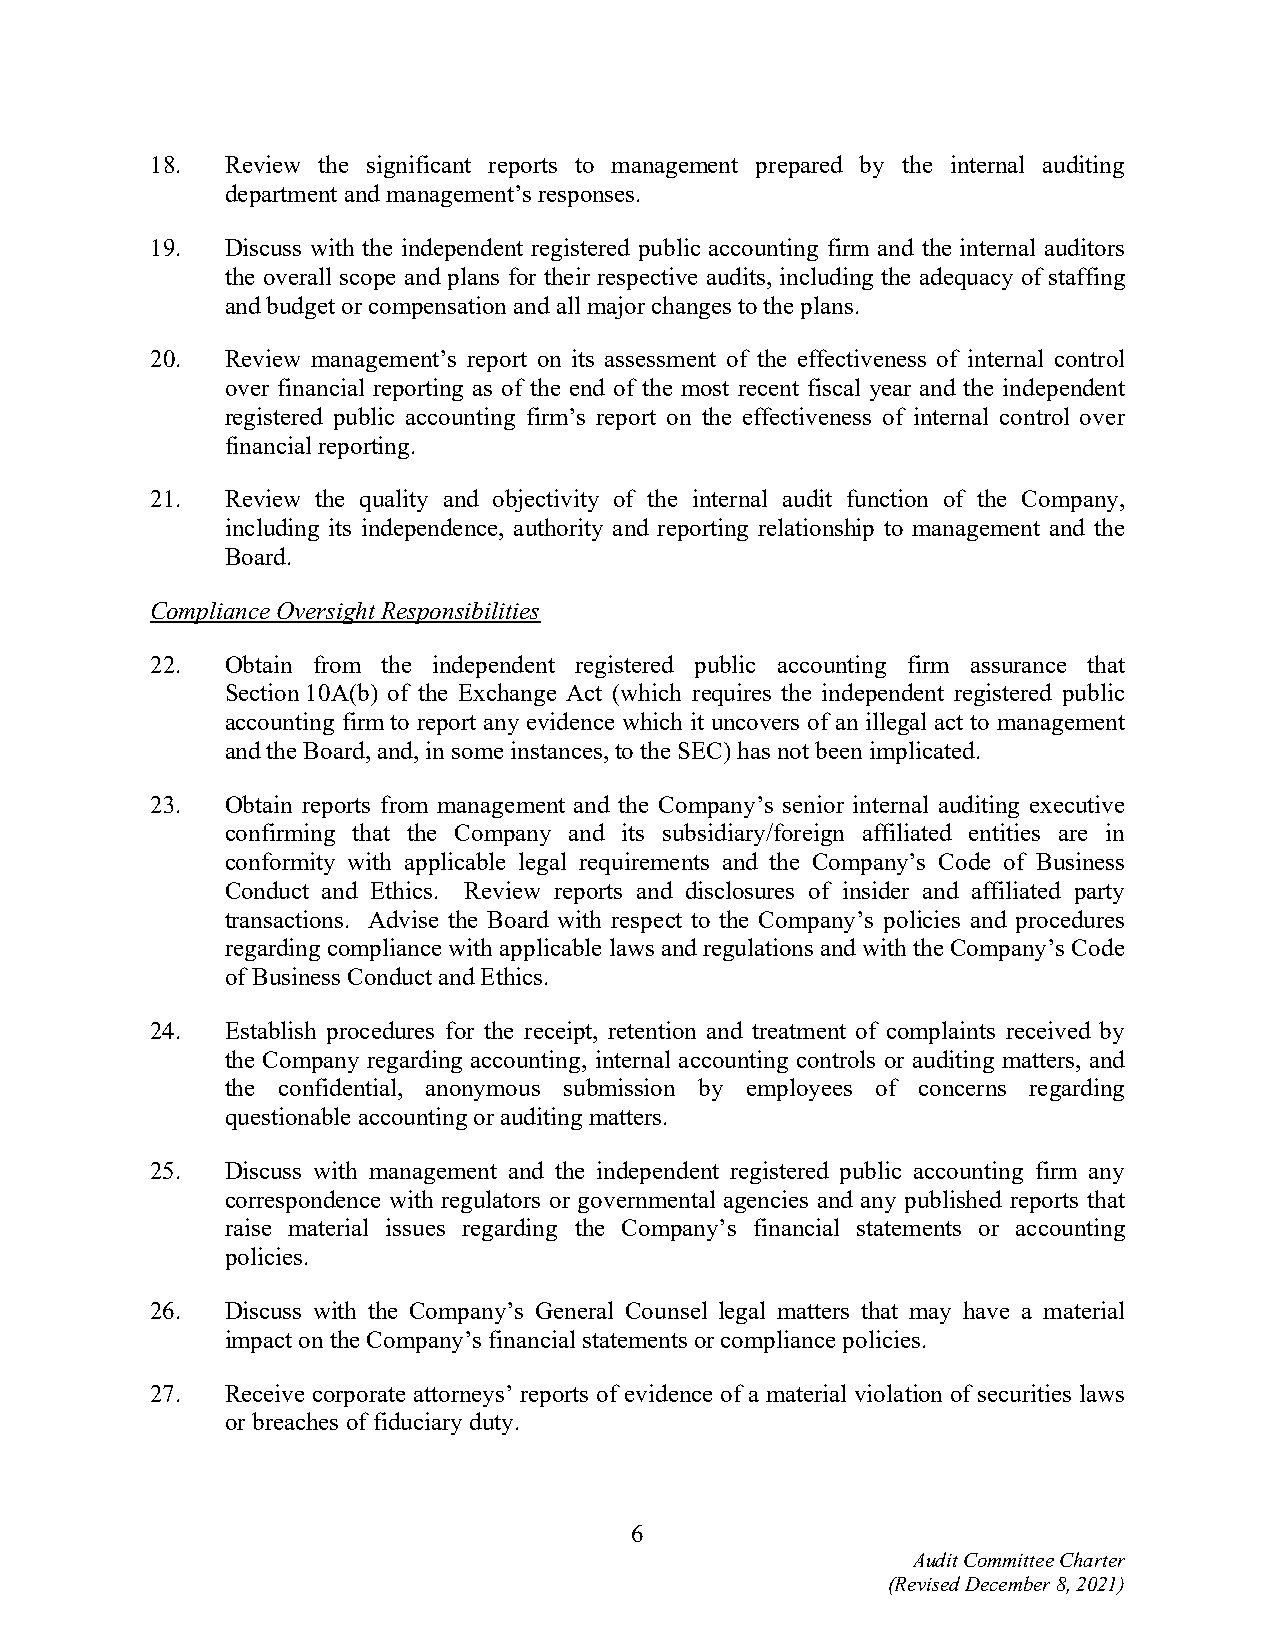
18.  Review the significant reports to management prepared by the internal auditing
 department and management’s responses.
 19.  Discuss with the independent registered public accounting firm and the internal auditors
 the overall scope and plans for their respective audits, including the adequacy of staffing
 and budget or compensation and all major changes to the plans.
 20.  Review management’s report on its assessment of the effectiveness of internal control
 over financial reporting as of the end of the most recent fiscal year and the independent
 registered public accounting firm’s report on the effectiveness of internal control over
 financial reporting.
 21.  Review the quality and objectivity of the internal audit function of the Company,
 including its independence, authority and reporting relationship to management and the
 Board.
 Compliance Oversight Responsibilities
 22.  Obtain from the independent registered public accounting firm assurance that
 Section 10A(b) of the Exchange Act (which requires the independent registered public
 accounting firm to report any evidence which it uncovers of an illegal act to management
 and the Board, and, in some instances, to the SEC) has not been implicated.
 23.  Obtain reports from management and the Company’s senior internal auditing executive
 confirming that the Company and its subsidiary/foreign affiliated entities are in
 conformity with applicable legal requirements and the Company’s Code of Business
 Conduct and Ethics. Review reports and disclosures of insider and affiliated party
 transactions. Advise the Board with respect to the Company’s policies and procedures
 regarding compliance with applicable laws and regulations and with the Company’s Code
 of Business Conduct and Ethics.
 24.  Establish procedures for the receipt, retention and treatment of complaints received by
 the Company regarding accounting, internal accounting controls or auditing matters, and
 the confidential, anonymous submission by employees of concerns regarding
 questionable accounting or auditing matters.
 25.  Discuss with management and the independent registered public accounting firm any
 correspondence with regulators or governmental agencies and any published reports that
 raise material issues regarding the Company’s financial statements or accounting
 policies.
 26.  Discuss with the Company’s General Counsel legal matters that may have a material
 impact on the Company’s financial statements or compliance policies.
 27.  Receive corporate attorneys’ reports of evidence of a material violation of securities laws
 or breaches of fiduciary duty.
 6
 Audit Committee Charter
 (Revised December 8, 2021)